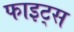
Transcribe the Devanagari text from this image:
फाइट्स